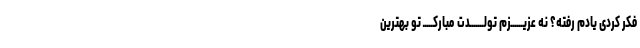
فکر کردی یادم رفته؟ نه عزیــــــزم تولـــــــدت مبارکـــــ تو بهترین